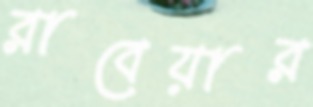
রাবেয়ার